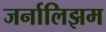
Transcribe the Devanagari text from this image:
जर्नालिझम